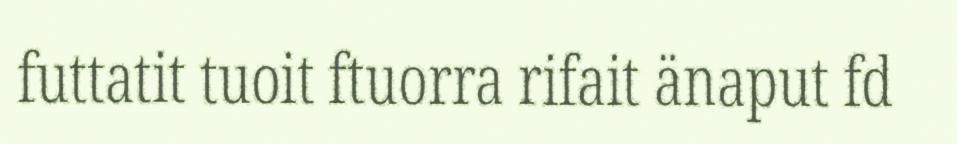
futtatit tuoit ftuorra rifait änaput fd